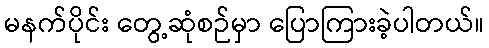
မနက်ပိုင်း တွေ့ဆုံစဉ်မှာ ပြောကြားခဲ့ပါတယ်။